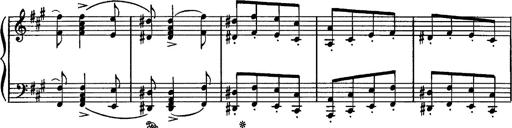
Title: Hungarian Rhapsody No.16
Composer: Franz Liszt
Key: A minor